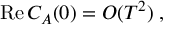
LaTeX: \mathrm { R e } \, C _ { A } ( 0 ) = { \cal O } ( T ^ { 2 } ) \; ,